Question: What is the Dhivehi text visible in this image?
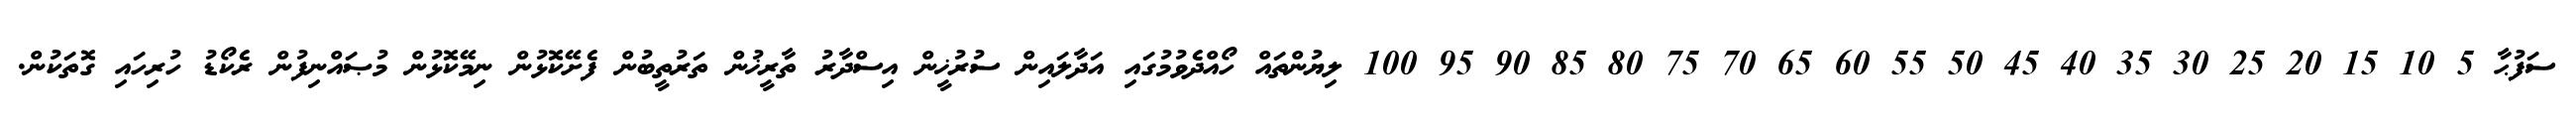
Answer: ސަފުޙާ 5 10 15 20 25 30 35 40 45 50 55 60 65 70 75 80 85 90 95 100 ލިޔުންތައް ހޯއްދެވުމުގައި އަދާލައިން ސުރުޚީން އިސްދާރު ތާރީޚުން ތަރުތީބުން ފެށޭކޮޅުން ނިމޭކޮޅުން މުޞައްނިފުން ރެކޯޑު ހުރިހައި ގޮތަކުން.